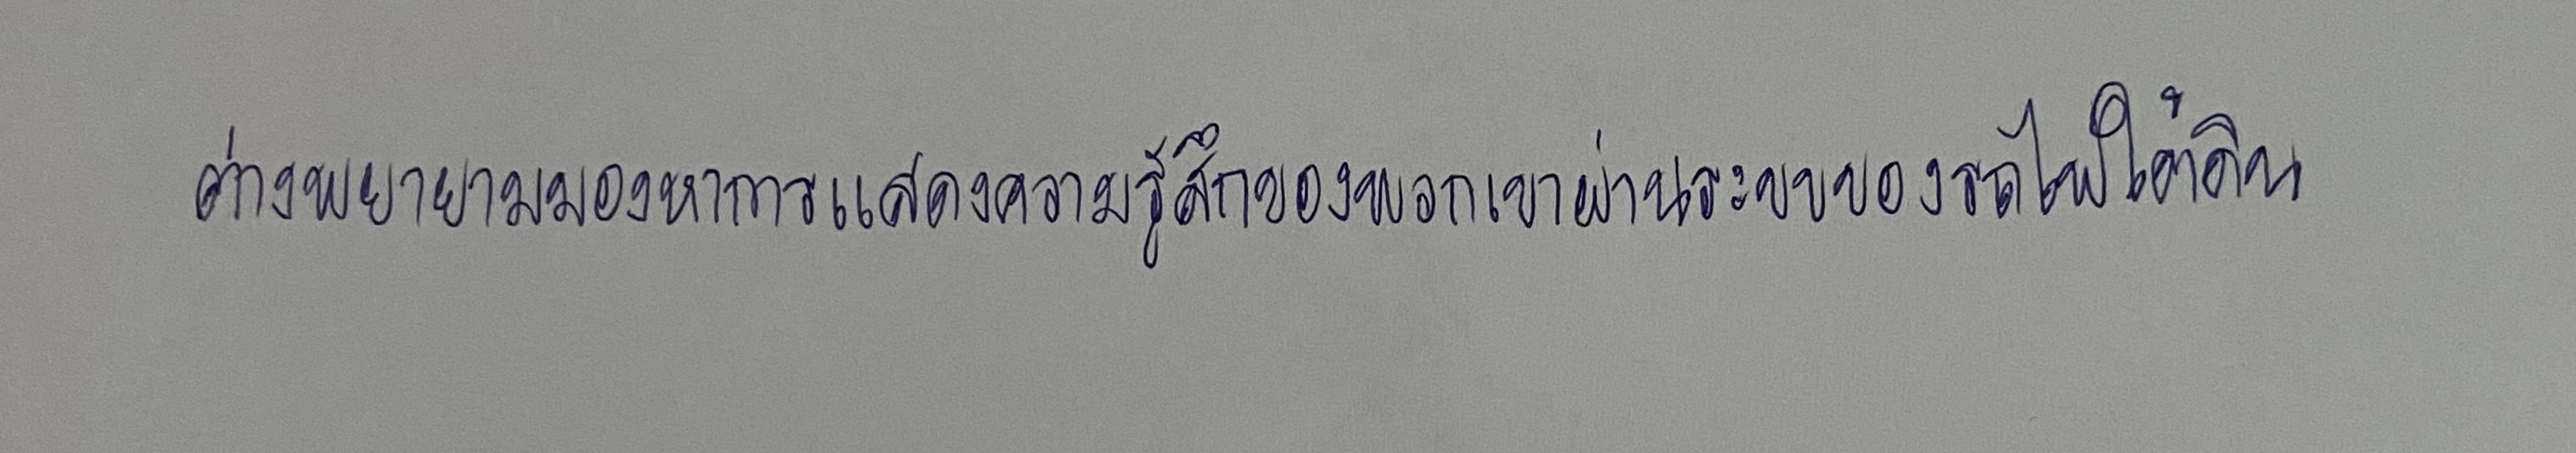
ต่างพยายามมองหาการแสดงความรู้สึกของพวกเขาผ่านระบบของรถไฟใต้ดิน